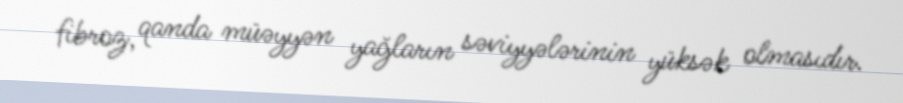
fibroz, qanda müəyyən yağların səviyyələrinin yüksək olmasıdır.